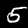
Digit: 5